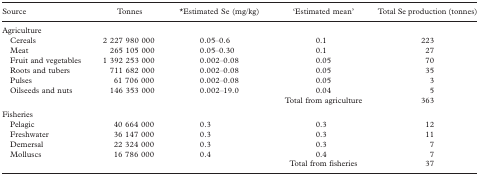
| Source | Tonnes | *Estimated Se (μg/kg) | ‘Estimated mean’ | Total Se production (tonnes) |
 | --- | --- | --- | --- | --- |
 | Agriculture |  |  |  |  |
 | Cereals | 2 227 980 000 | 0.05–0.6 | 0.1 | 223 |
 | Meat | 265 105 000 | 0.05–0.30 | 0.1 | 27 |
 | Fruit and vegetables | 1 392 253 000 | 0.002–0.08 | 0.05 | 70 |
 | Roots and tubers | 711 682 000 | 0.002–0.08 | 0.05 | 35 |
 | Pulses | 61 706 000 | 0.002–0.08 | 0.05 | 3 |
 | Oilseeds and nuts | 146 353 000 | 0.002–19.0 | 0.04 | 5 |
 |  |  |  | Total from agriculture | 363 |
 | Fisheries |  |  |  |  |
 | Pelagic | 40 664 000 | 0.3 | 0.3 | 12 |
 | Freshwater | 36 147 000 | 0.3 | 0.3 | 11 |
 | Demersal | 22 324 000 | 0.3 | 0.3 | 7 |
 | Molluscs | 16 786 000 | 0.4 | 0.4 | 7 |
 |  |  |  | Total from fisheries | 37 |